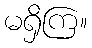
မရှိကြ။